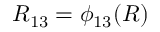
R _ { 1 3 } = \phi _ { 1 3 } ( R )